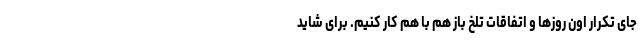
جای تکرار اون روزها و اتفاقات تلخ باز هم با هم کار کنیم. برای شاید